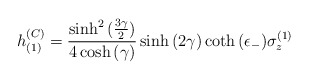
\begin{align*}h_{(1)}^{(C)}={{\sinh^2{({3 \gamma \over 2})}} \over {4 \cosh{(\gamma)}}}\sinh{(2 \gamma)}\coth{(\epsilon_-)} \sigma_z^{(1)}\end{align*}